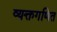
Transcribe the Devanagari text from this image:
व्यक्तगणित